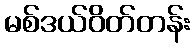
မစ်ဒယ်ဝိတ်တန်း